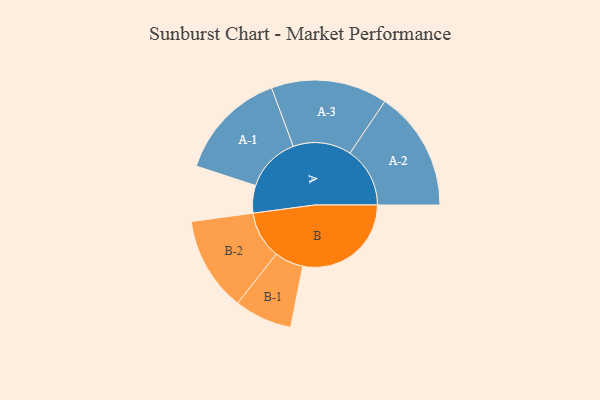
{"axis": {"x": "Segment", "y": "Value"}, "legend": ["", "A", "B"], "data": [{"x": "A", "y": 124, "type": ""}, {"x": "B", "y": 488, "type": ""}, {"x": "A-1", "y": 248, "type": "A"}, {"x": "A-2", "y": 270, "type": "A"}, {"x": "A-3", "y": 262, "type": "A"}, {"x": "B-1", "y": 130, "type": "B"}, {"x": "B-2", "y": 213, "type": "B"}]}